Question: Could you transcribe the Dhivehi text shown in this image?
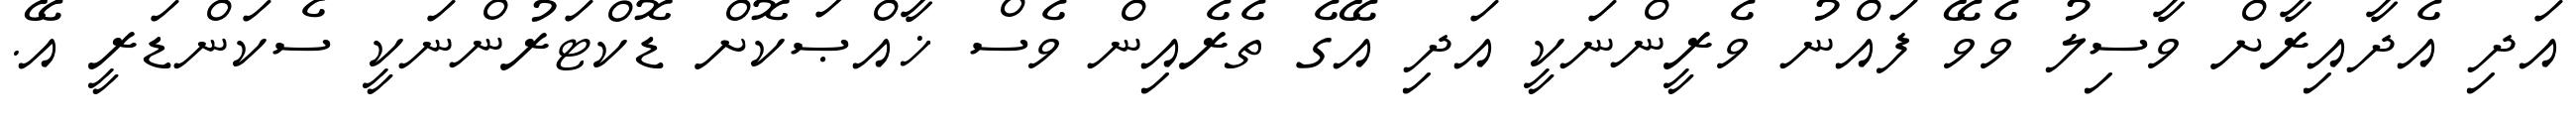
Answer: އަދި އެދާއިރާށް ވާސިލު ވެވޭ ފައްނު ވެރީންނަކީ އަދި އޭގެ ތެރެއިން ވެސް ޚާއްޞަކޮށް ޑޮކްޓަރުންނަކީ ސެކަންޑަރީ އޭ.